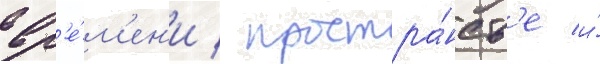
вр'е́м'ен'и / простра́нств'е и́